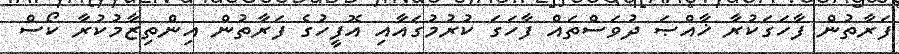
ފަރާތުން ފާހަގަކުރާ ޚާއްޞަ ދުވަސްތައް ފާހަގަ ކުރުމުގައާއި އޮފީހުގެ ފަރާތުން އިންތިޒާމުކުރާ ކޯސް